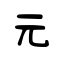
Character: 元